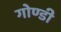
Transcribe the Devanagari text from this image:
गोण्डी